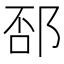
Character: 𨛔